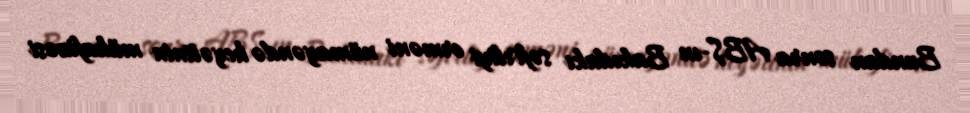
Bundan sonra ABŞ-ın Bakıdakı səfirliyi erməni nümayəndə heyətinin mühafizəsi